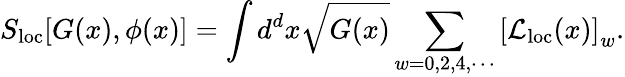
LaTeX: S_{\mathrm{loc}}[G(x),\phi(x)]=\int d^{d}x\sqrt{G(x)}\sum_{w=0,2,4,\cdots}\left[{\cal L}_{\mathrm{loc}}(x)\right]_{w}.